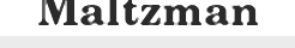
Maltzman